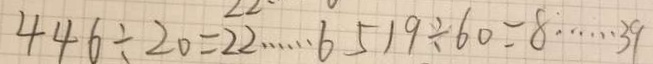
4 4 6 \div 2 0 = 2 2 \cdots 6 5 1 9 \div 6 0 = 8 \cdots 3 9